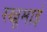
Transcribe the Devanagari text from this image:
रखूमाई